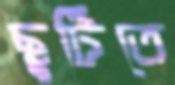
ছুটিতে